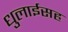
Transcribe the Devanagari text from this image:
धुलाईसह